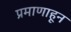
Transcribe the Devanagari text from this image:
प्रमाणाहून